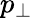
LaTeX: p_{\perp}